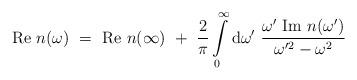
LaTeX: \begin{align*}\mbox{Re}\ n(\omega)\ =\ \mbox{Re}\ n(\infty)\ +\ \frac{2}{\pi}\int\limits^\infty_0{\rm d}\omega^\prime\ \frac{\omega^\prime\ \mbox{Im}\ n(\omega^\prime)}{\omega^{\prime 2}- \omega^2}\end{align*}